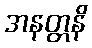
အနတ္တနိ